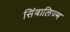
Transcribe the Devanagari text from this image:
सिंबालिज्म